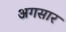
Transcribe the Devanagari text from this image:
अगसार